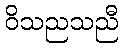
ဝိသညသညီ